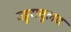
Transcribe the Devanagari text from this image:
वड्डरावुलद